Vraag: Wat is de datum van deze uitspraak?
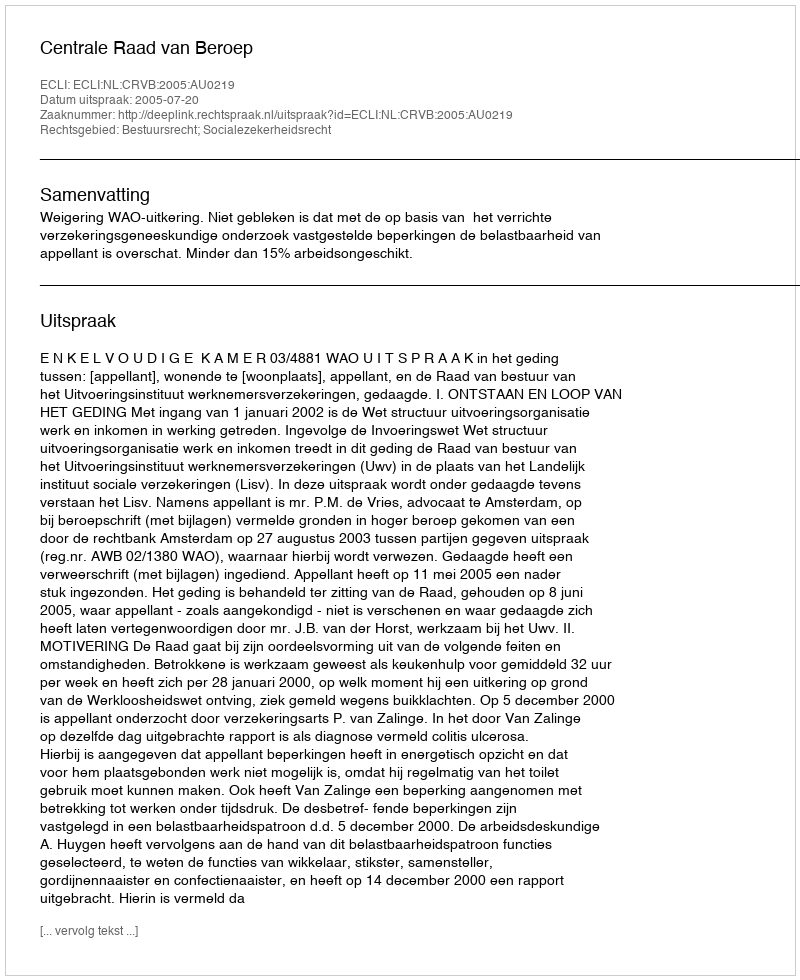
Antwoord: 2005-07-20